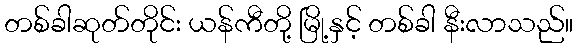
တစ်ခါဆုတ်တိုင်း ယန်ကီတို့ မြို့နှင့် တစ်ခါ နီးလာသည်။